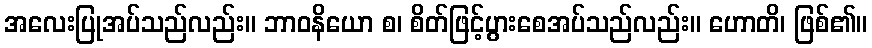
အလေးပြုအပ်သည်လည်း။ ဘာဝနိယော စ၊ စိတ်ဖြင့်ပွားစေအပ်သည်လည်း။ ဟောတိ၊ ဖြစ်၏။